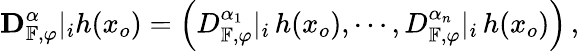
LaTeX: {\mathbf D}_{\mathbb{F},\varphi}^{\alpha}|_{i}h(x_{o})=\left(D_{\mathbb{F},\varphi}^{\alpha_{1}}|_{i}\, h(x_{o}),\cdots,D_{\mathbb{F},\varphi}^{\alpha_{n}}|_{i}\, h(x_{o})\right)\, ,